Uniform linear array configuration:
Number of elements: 16
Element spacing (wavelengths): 0.5
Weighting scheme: cosine
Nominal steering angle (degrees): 60
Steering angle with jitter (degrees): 61.869
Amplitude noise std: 0.05
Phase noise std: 0.05

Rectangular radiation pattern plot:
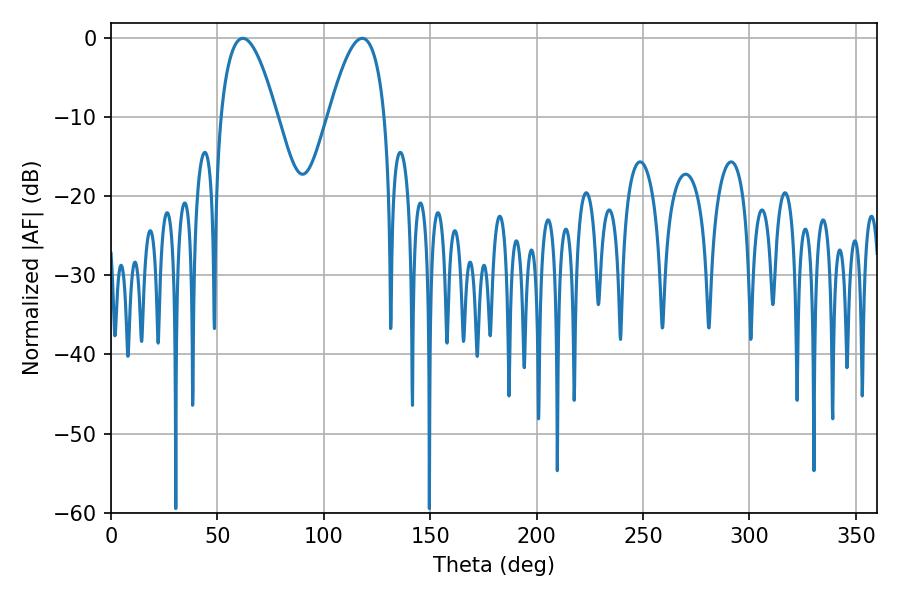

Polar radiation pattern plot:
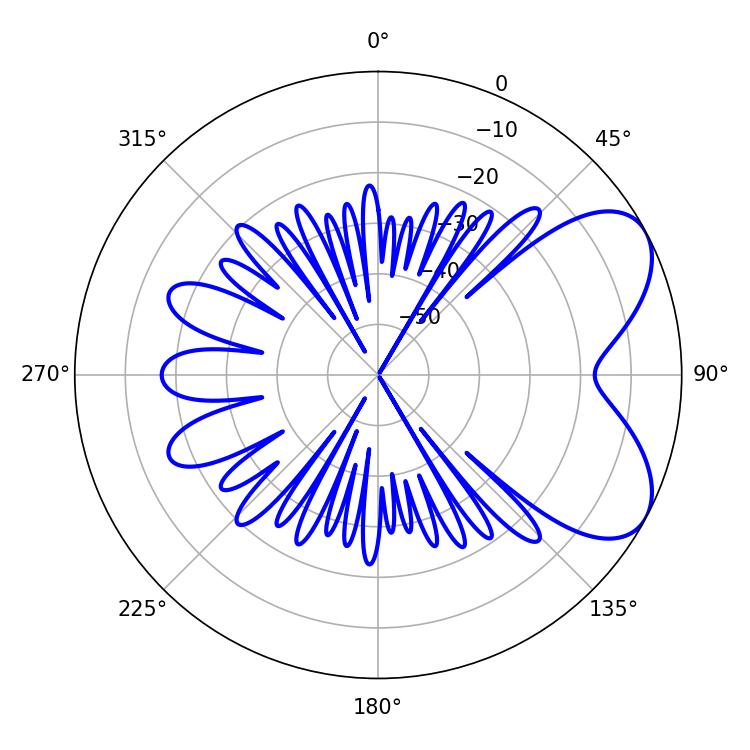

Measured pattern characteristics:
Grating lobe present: FALSE
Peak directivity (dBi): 6.186
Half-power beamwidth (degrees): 14.58
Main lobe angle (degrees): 61.92